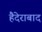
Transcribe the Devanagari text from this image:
हैदेराबाद